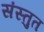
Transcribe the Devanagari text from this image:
संस्‍तुत